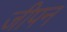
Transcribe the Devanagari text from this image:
जीपन